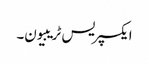
ایکسپریس ٹریبیون۔